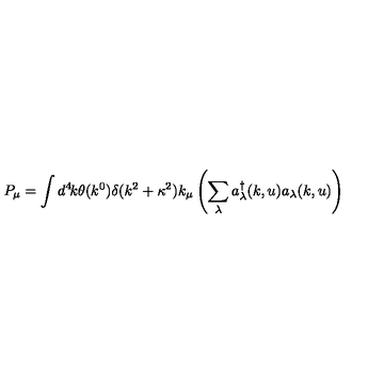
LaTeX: P _ { \mu } = \int d ^ { 4 } \! k \theta ( k ^ { 0 } ) \delta ( k ^ { 2 } + \kappa ^ { 2 } ) k _ { \mu } \left( \sum _ { \lambda } a _ { \lambda } ^ { \dagger } ( k , u ) a _ { \lambda } ( k , u ) \right)